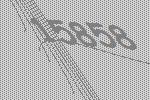
15858